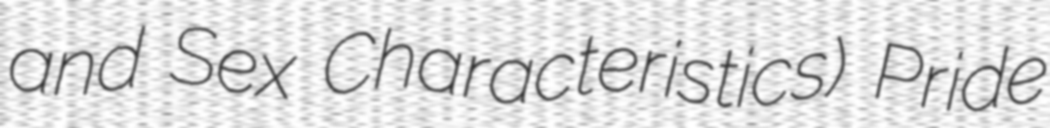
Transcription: and Sex Characteristics) Pride